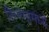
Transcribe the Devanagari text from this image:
सिनेमामंध्ये